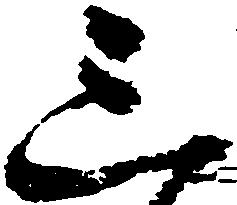
三